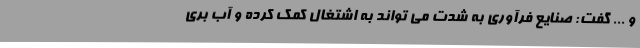
و ... گفت: صنایع فرآوری به شدت می تواند به اشتغال کمک کرده و آب بری